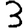
Digit: 3